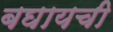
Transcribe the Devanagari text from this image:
बघायची